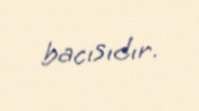
bacısıdır.